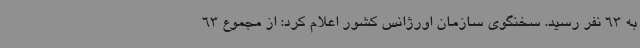
به 63 نفر رسید. سخنگوی سازمان اورژانس کشور اعلام کرد: از مجموع 63